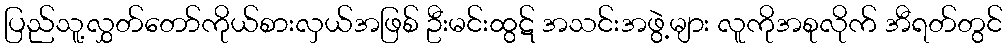
ပြည်သူ့လွှတ်တော်ကိုယ်စားလှယ်အဖြစ် ဦးမင်းထွဋ် အသင်းအဖွဲ့များ လူကိုအစုလိုက် အီရတ်တွင်